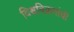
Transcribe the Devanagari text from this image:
विश्वविक्रमांची